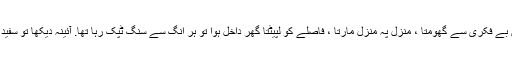
راقم اپنی بائیک پر سوار طوفان میں بے فکری سے گھومتا ، منزل پہ منزل مارتا ، فاصلے کو لپیٹتا گھر داخل ہوا تو ہر انگ سے سنگ ٹپک رہا تھا. آئینہ دیکھا تو سفید بالوں والی اجنبی صورت نظر آئی ۔